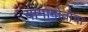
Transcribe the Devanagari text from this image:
यामामोतोचा